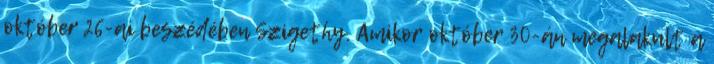
október 26-ai beszédében Szigethy. Amikor október 30-án megalakult a